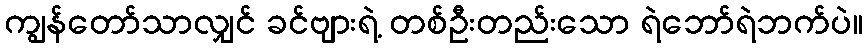
ကျွန်တော်သာလျှင် ခင်ဗျားရဲ့ တစ်ဦးတည်းသော ရဲဘော်ရဲဘက်ပဲ။